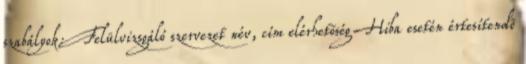
szabályok: Felülvizsgáló szervezet név, cím elérhetõség Hiba esetén értesítendõ